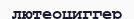
лютеоциггер